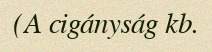
(A cigányság kb.